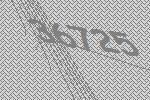
36725